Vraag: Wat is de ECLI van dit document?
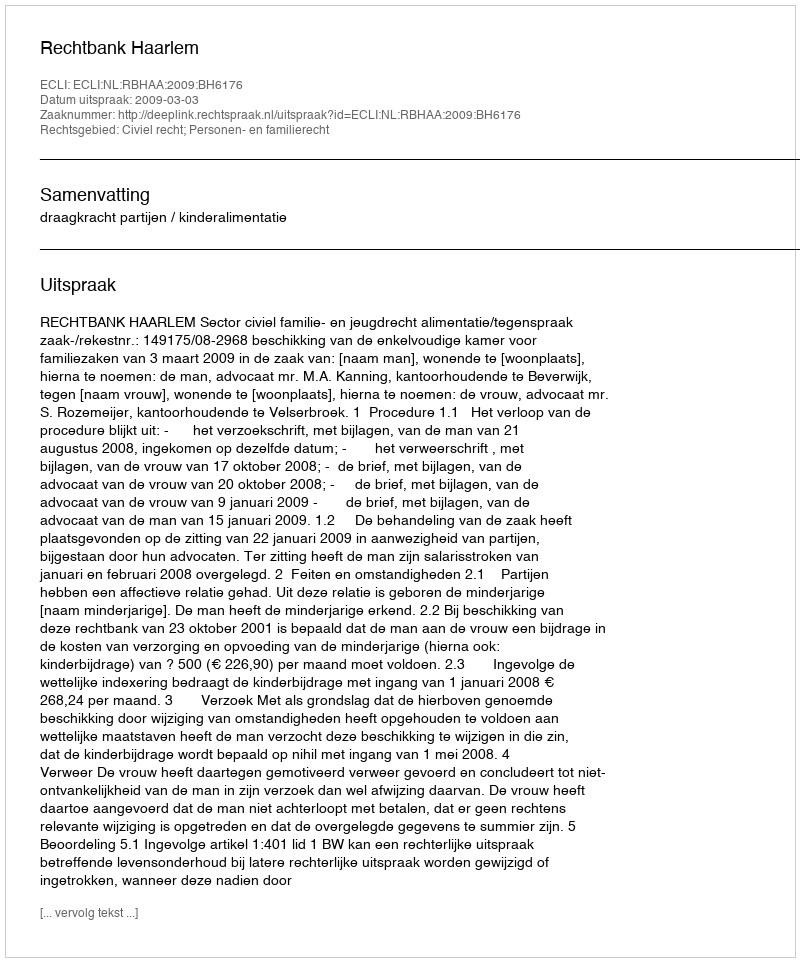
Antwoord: ECLI:NL:RBHAA:2009:BH6176